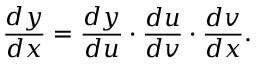
{ \frac { d y } { d x } } = { \frac { d y } { d u } } \cdot { \frac { d u } { d v } } \cdot { \frac { d v } { d x } } .